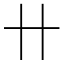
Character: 卄